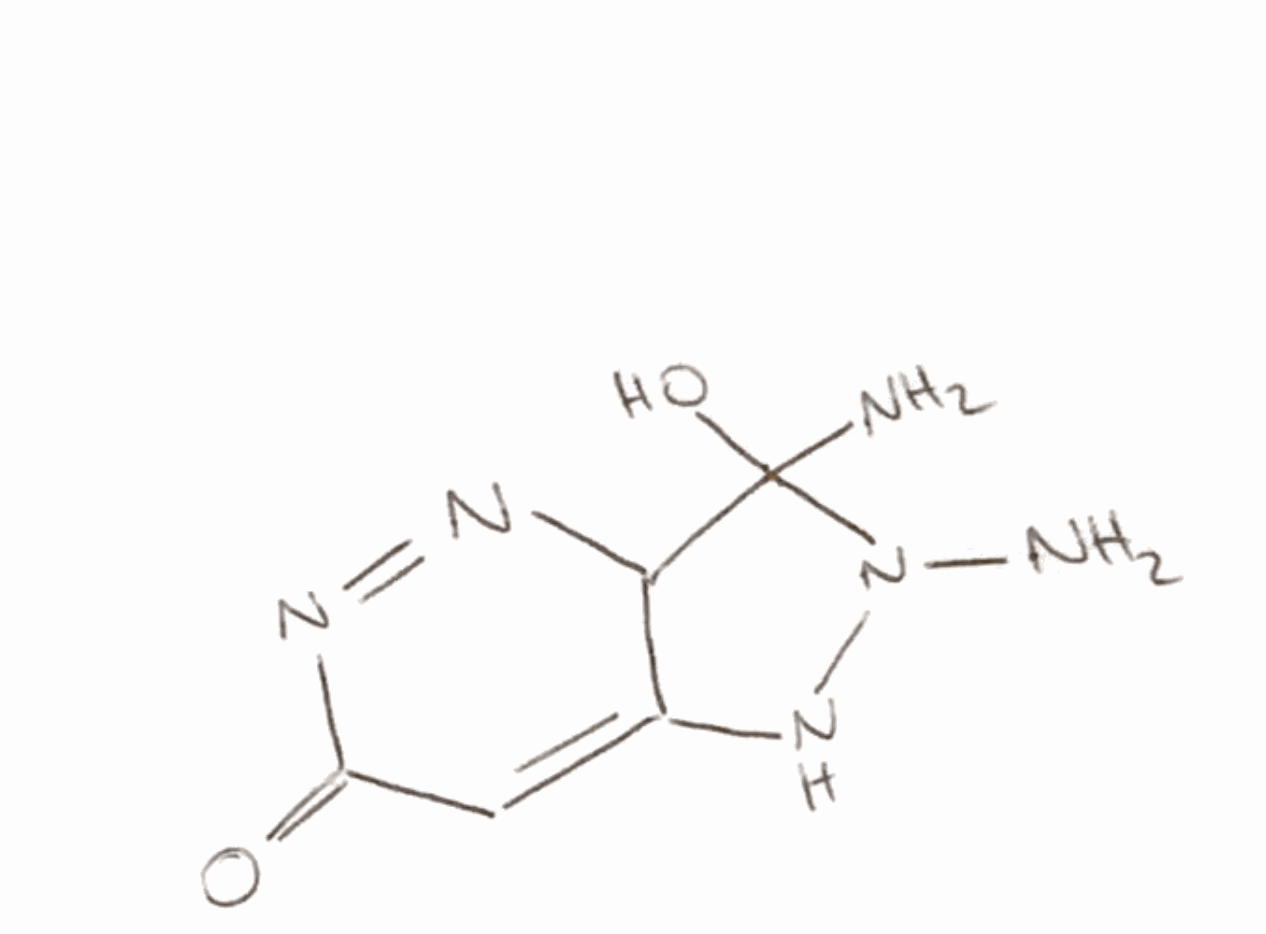
Simplified molecular-input line-entry system (SMILES) notation of the given molecule:
C1=C2C(C(N(N2)N)(N)O)N=NC1=O